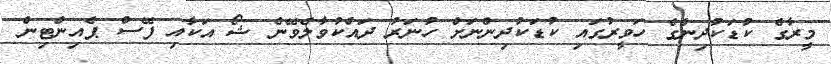
މީރާގެ ކުޑަކުދިންގެ ހަވީރުގައި ކުޑަކުދިންނަށް ހުނަރު ދައްކުވާލެވޭނެ ޝޯ އަކާއި ފޭސް ޕެއިންޓިން